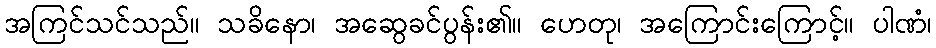
အကြင်သင်သည်။ သခိနော၊ အဆွေခင်ပွန်း၏။ ဟေတု၊ အကြောင်းကြောင့်။ ပါဏံ၊